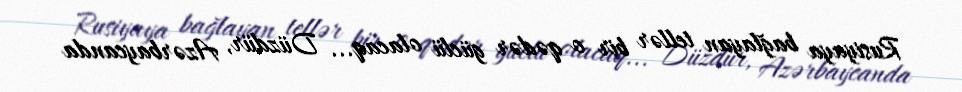
Rusiyaya bağlayan tellər bir o qədər güclü olacaq... Düzdür, Azərbaycanda